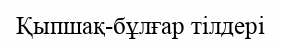
Қыпшақ-бұлғар тілдері